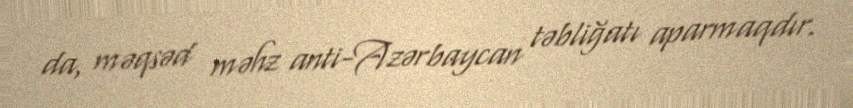
da, məqsəd məhz anti-Azərbaycan təbliğatı aparmaqdır.